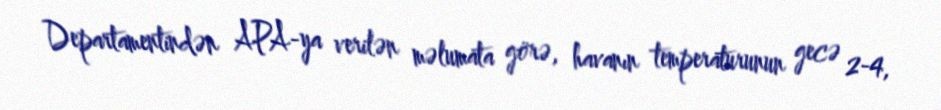
Departamentindən APA-ya verilən məlumata görə, havanın temperaturunun gecə 2-4,